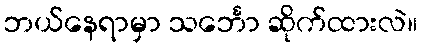
ဘယ်နေရာမှာ သင်္ဘော ဆိုက်ထားလဲ။